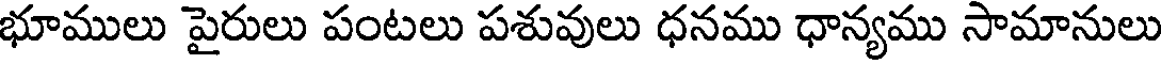
భూములు పైరులు పంటలు పశువులు ధనము ధాన్యము సామానులు